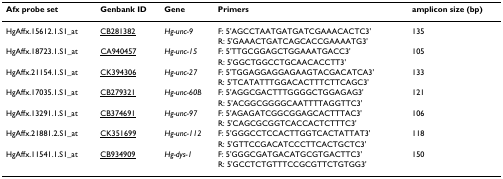
<table><thead><tr><td><b>Afx probe set</b></td><td><b>Genbank ID</b></td><td><b>Gene</b></td><td><b>Primers</b></td><td><b>amplicon size (bp)</b></td></tr></thead><tbody><tr><td>HgAffx.15612.1.S1_at</td><td>CB281382</td><td><i>Hg-unc-9</i></td><td>F: 5&#x27;AGCCTAATGATGATCGAAACACTC3&#x27;</td><td>135</td></tr><tr><td></td><td></td><td></td><td>R: 5&#x27;GAAACTGATCAGCACCGAAAATG3&#x27;</td><td></td></tr><tr><td>HgAffx.18723.1.S1_at</td><td>CA940457</td><td><i>Hg-unc-15</i></td><td>F: 5&#x27;TTGCGGAGCTGGAAATGACC3&#x27;</td><td>105</td></tr><tr><td></td><td></td><td></td><td>R: 5&#x27;GGCTGGCCTGCAACACCTT3&#x27;</td><td></td></tr><tr><td>HgAffx.21154.1.S1_at</td><td>CK394306</td><td><i>Hg-unc-27</i></td><td>F: 5&#x27;TGGAGGAGGAGAAGTACGACATCA3&#x27;</td><td>133</td></tr><tr><td></td><td></td><td></td><td>R: 5&#x27;TCATATTTGGACACTTTCTTCAGC3&#x27;</td><td></td></tr><tr><td>HgAffx.17035.1.S1_at</td><td>CB279321</td><td><i>Hg-unc-60B</i></td><td>F: 5&#x27;AGGCGACTTTGGGGCTGGAGAG3&#x27;</td><td>121</td></tr><tr><td></td><td></td><td></td><td>R: 5&#x27;ACGGCGGGGCAATTTTAGGTTC3&#x27;</td><td></td></tr><tr><td>HgAffx.13291.1.S1_at</td><td>CB374691</td><td><i>Hg-unc-97</i></td><td>F: 5&#x27;AGAGATCGGCGGAGCACTTTAC3&#x27;</td><td>106</td></tr><tr><td></td><td></td><td></td><td>R: 5&#x27;CAGCGCGGTCACCACTCTTTC3&#x27;</td><td></td></tr><tr><td>HgAffx.21881.2.S1_at</td><td>CK351699</td><td><i>Hg-unc-112</i></td><td>F: 5&#x27;GGGCCTCCACTTGGTCACTATTAT3&#x27;</td><td>118</td></tr><tr><td></td><td></td><td></td><td>R: 5&#x27;GTTCCGACATCCCTTCACTGCTC3&#x27;</td><td></td></tr><tr><td>HgAffx.11541.1.S1_at</td><td>CB934909</td><td><i>Hg-dys-1</i></td><td>F: 5&#x27;GGGCGATGACATGCGTGACTTC3&#x27;</td><td>150</td></tr><tr><td></td><td></td><td></td><td>R: 5&#x27;GCCTCTGTTTCCGCGTTCTGTGG3&#x27;</td><td></td></tr></tbody></table>